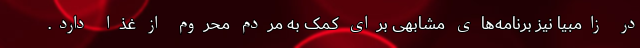
در زامبیا نیز برنامه‌های مشابهی برای کمک به مردم محروم از غذا دارد.